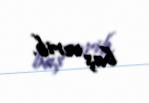
baş verib.